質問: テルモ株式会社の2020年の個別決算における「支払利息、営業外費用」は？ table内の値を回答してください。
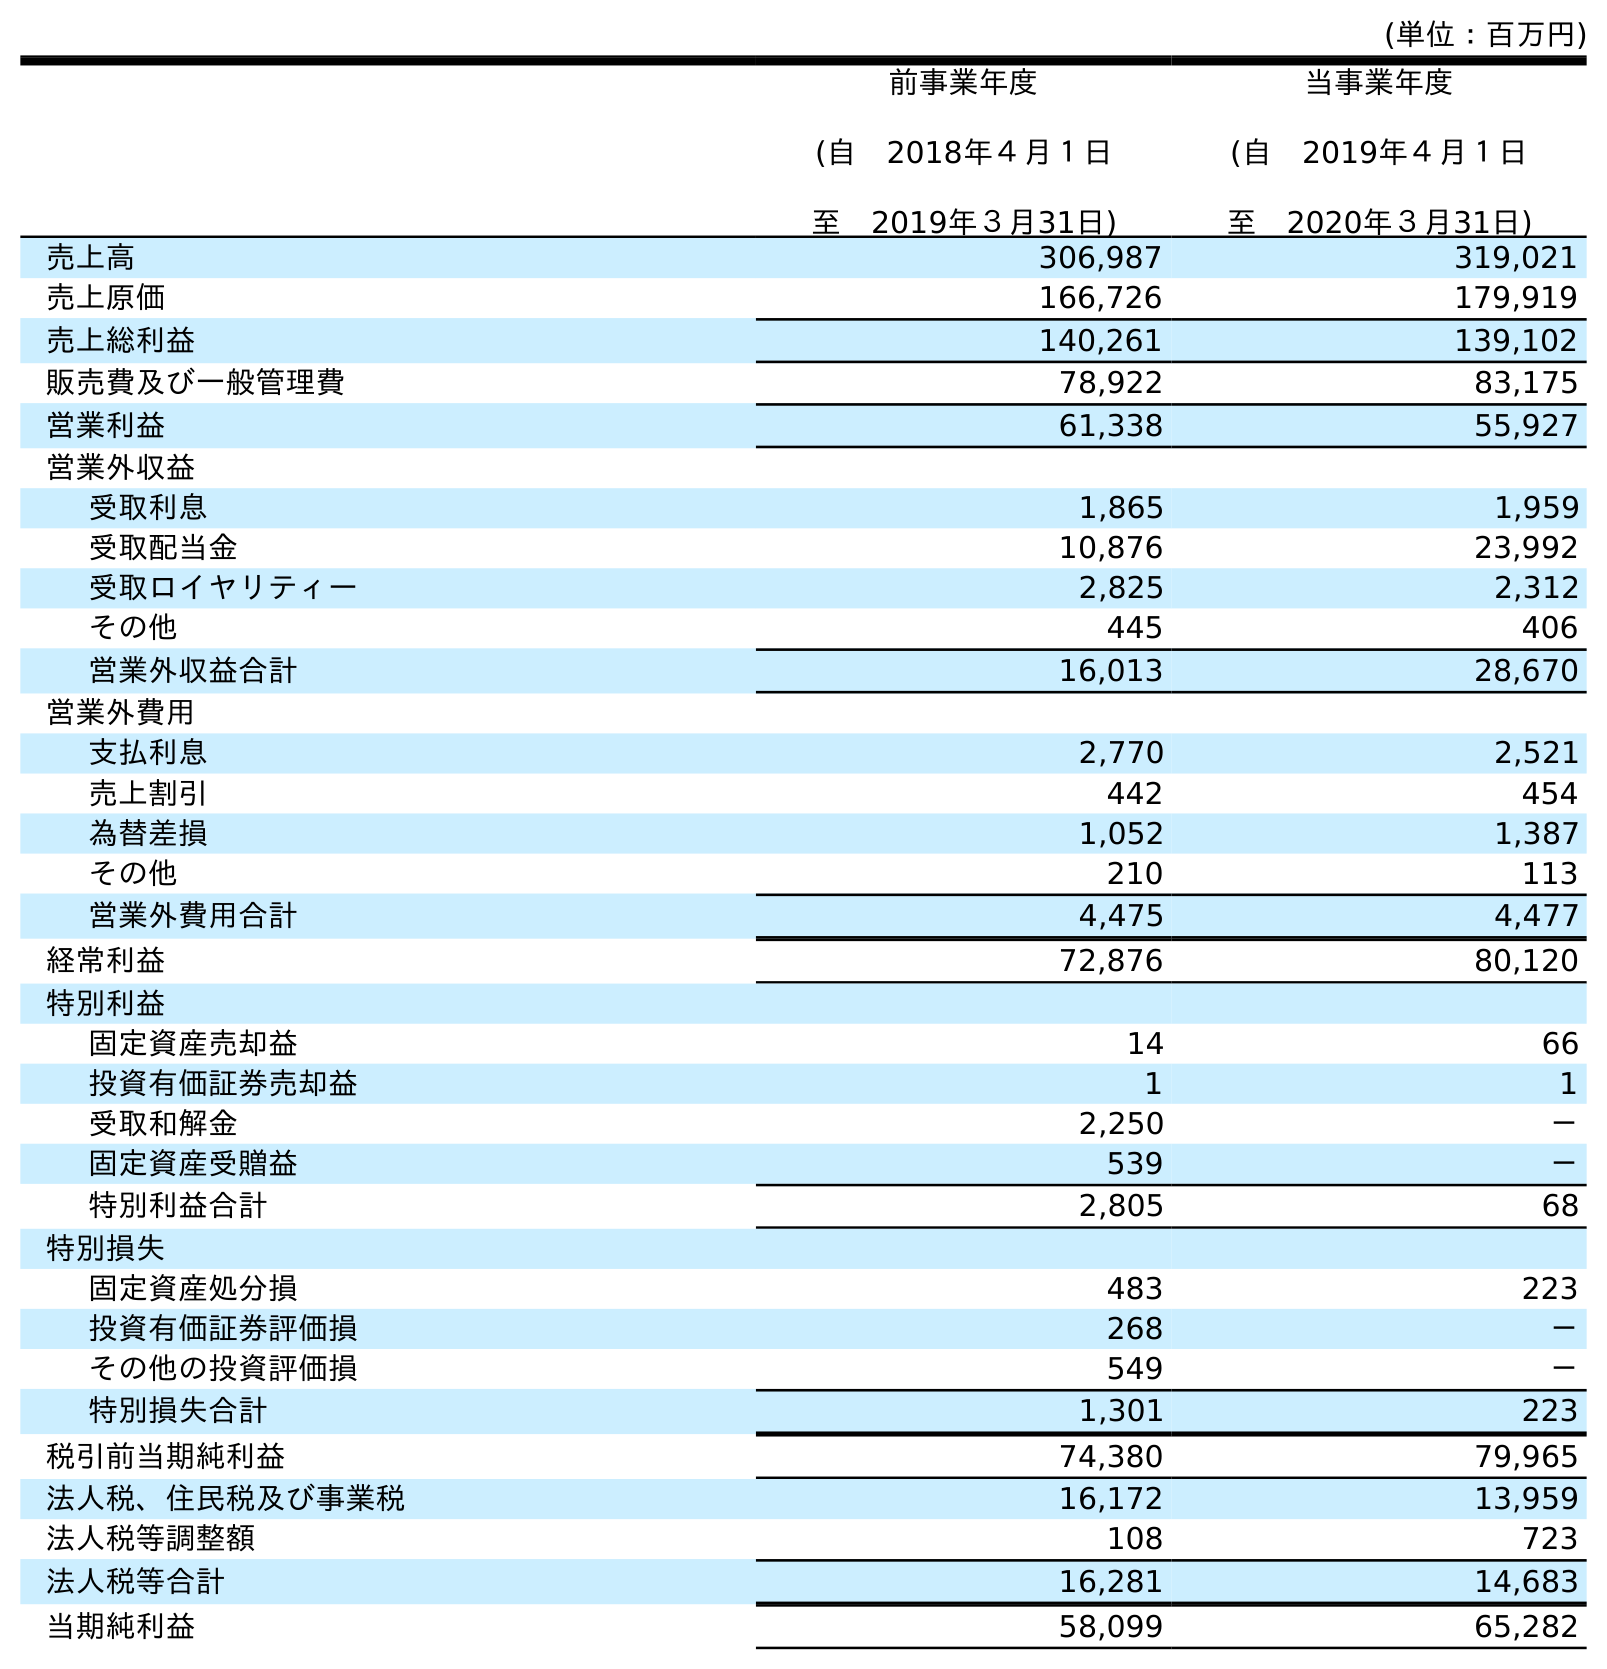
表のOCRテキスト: (単位：百万円) 前事業年度 (自 2018年４月１日 至 2019年３月31日) 当事業年度 (自 2019年４月１日 至 2020年３月31日) 売上高 306,987 319,021 売上原価 166,726 179,919 売上総利益 140,261 139,102 販売費及び一般管理費 78,922 83,175 営業利益 61,338 55,927 営業外収益 受取利息 1,865 1,959 受取配当金 10,876 23,992 受取ロイヤリティー 2,825 2,312 その他 445 406 営業外収益合計 16,013 28,670 営業外費用 支払利息 2,770 2,521 売上割引 442 454 為替差損 1,052 1,387 その他 210 113 営業外費用合計 4,475 4,477 経常利益 72,876 80,120 特別利益 固定資産売却益 14 66 投資有価証券売却益 1 1 受取和解金 2,250 － 固定資産受贈益 539 － 特別利益合計 2,805 68 特別損失 固定資産処分損 483 223 投資有価証券評価損 268 － その他の投資評価損 549 － 特別損失合計 1,301 223 税引前当期純利益 74,380 79,965 法人税、住民税及び事業税 16,172 13,959 法人税等調整額 108 723 法人税等合計 16,281 14,683 当期純利益 58,099 65,282
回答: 2,521